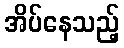
အိပ်နေသည့်